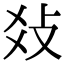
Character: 𤕝